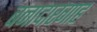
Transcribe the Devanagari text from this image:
बनादारगाह